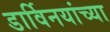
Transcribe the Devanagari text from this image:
डार्विनयांच्या